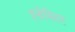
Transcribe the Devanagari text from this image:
इन्हेबिटर